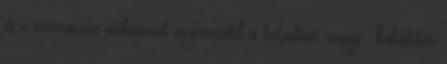
és a történetírás műfajának egyesítéséből is fakadhat, vagyis Thuküdidész